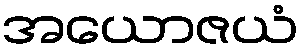
အယောဇယံ